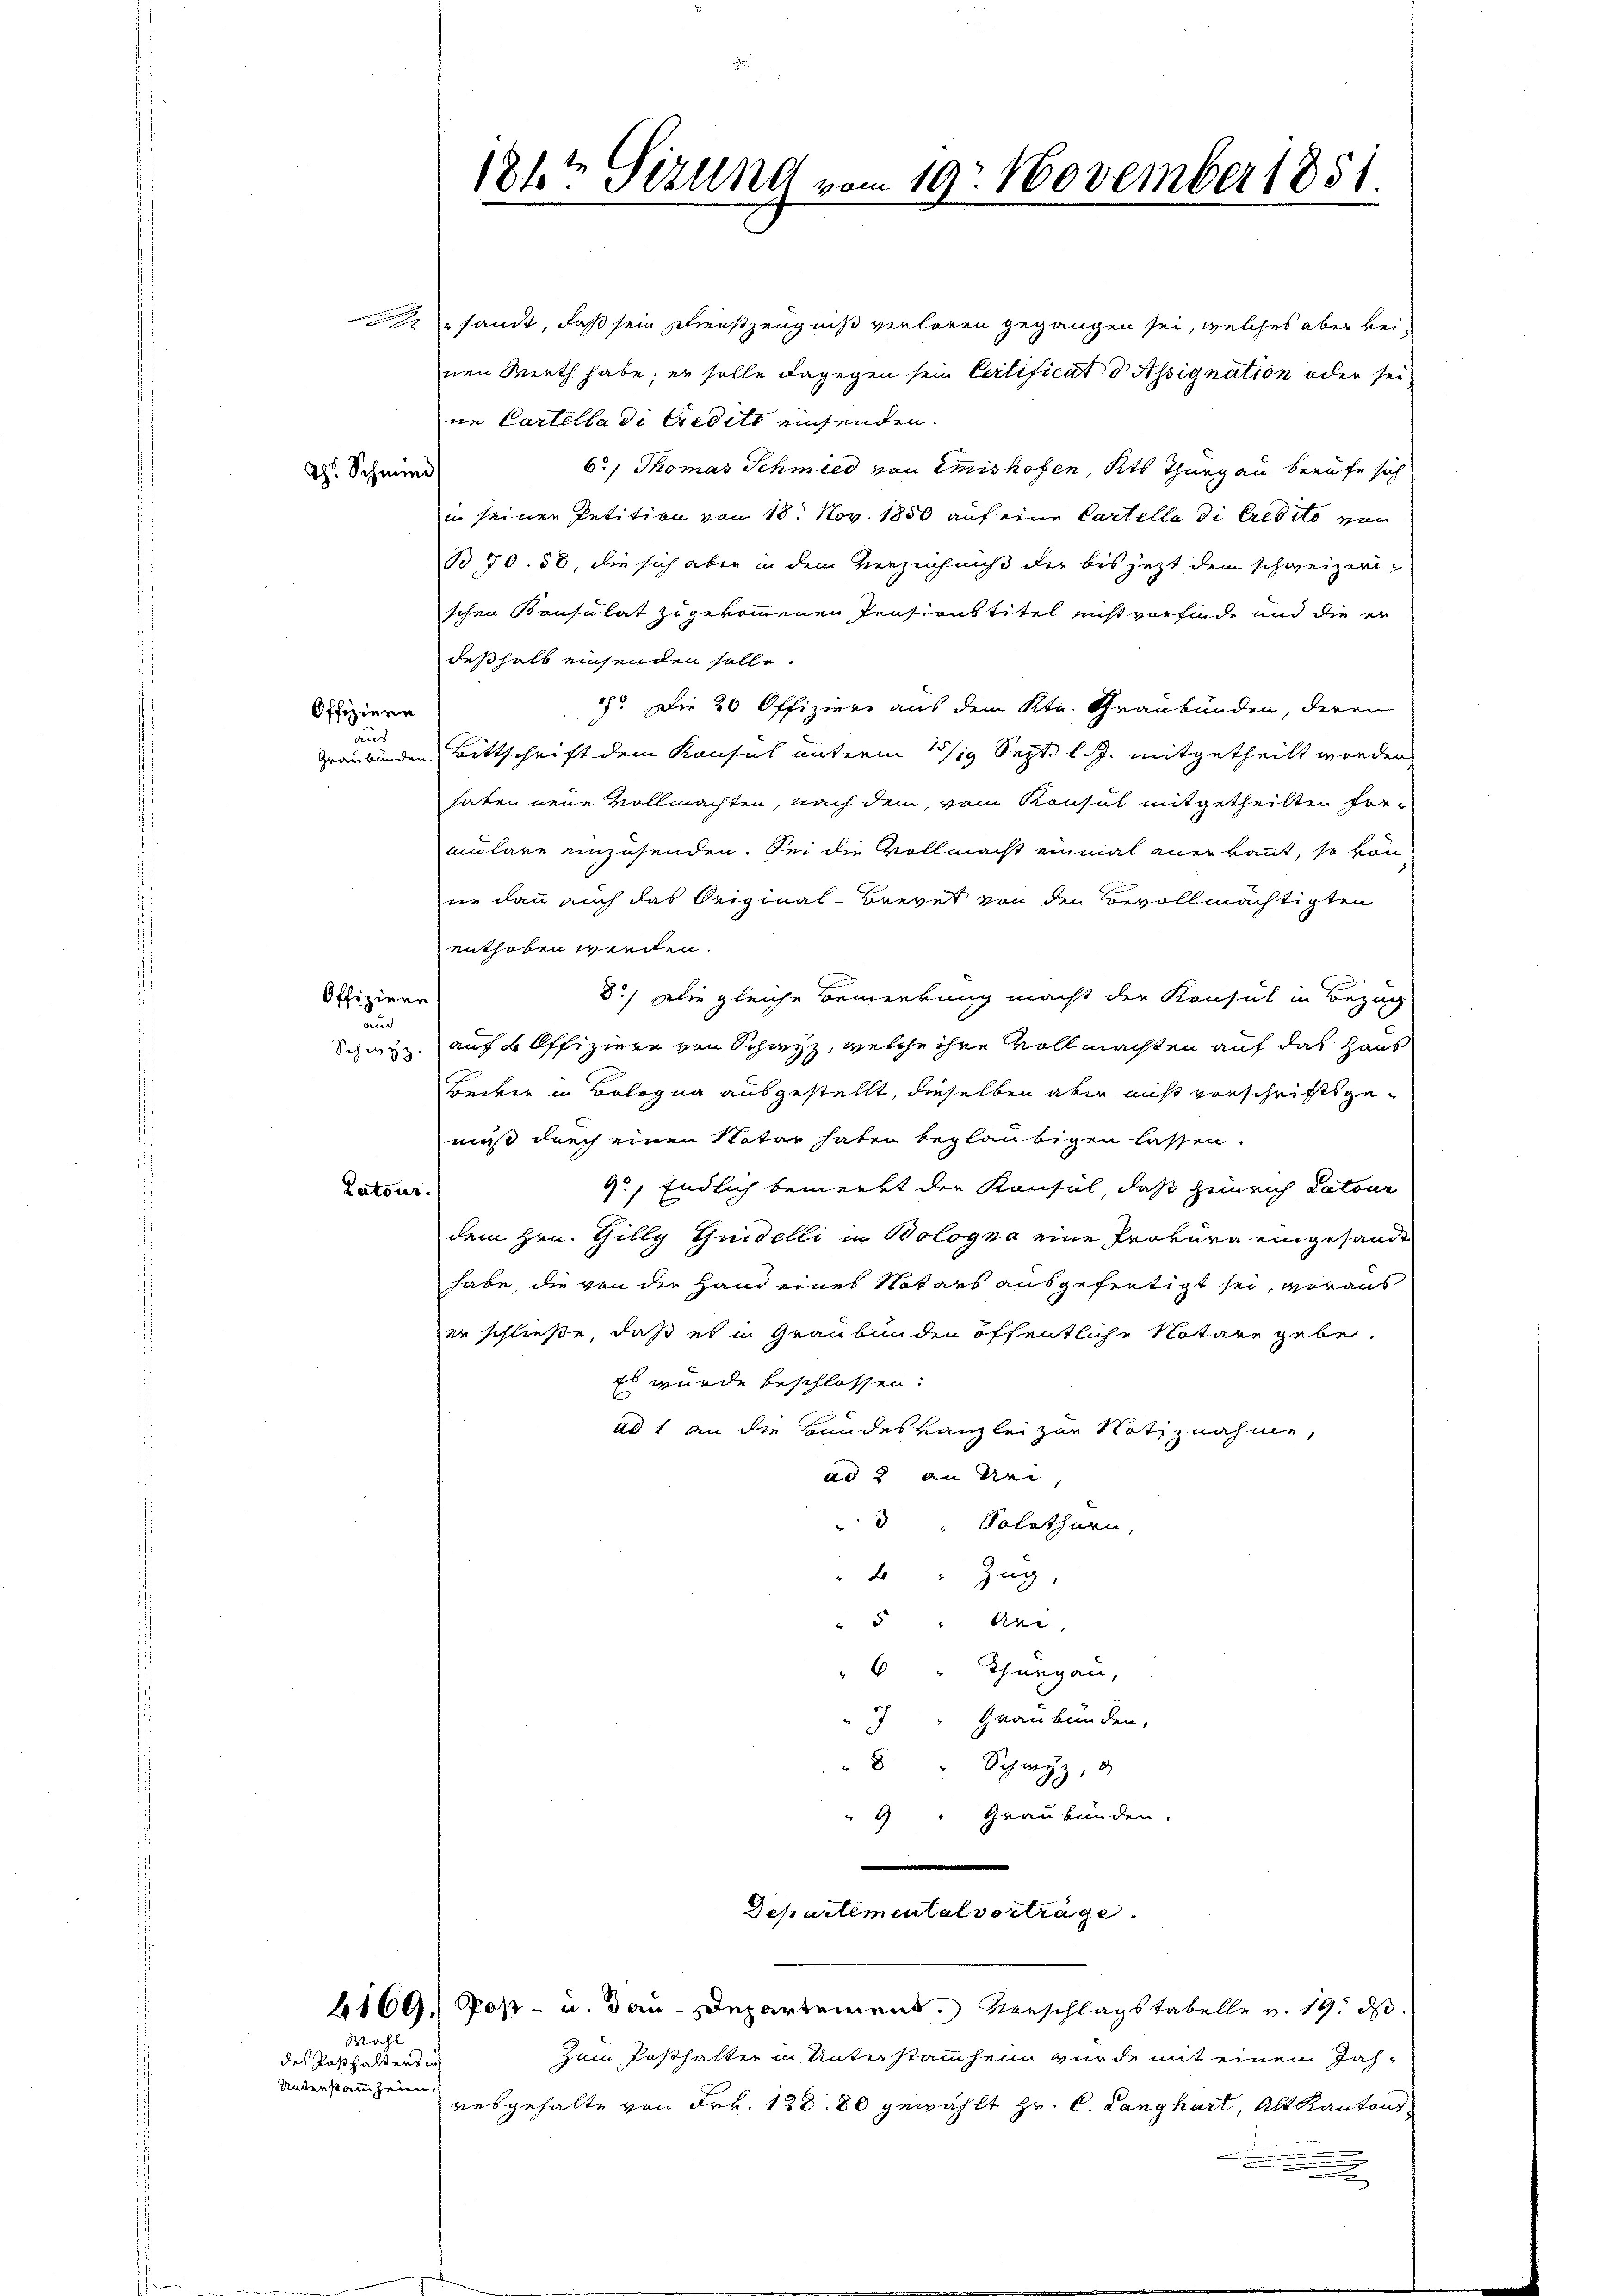
Th. Schmied

sandt, daß sein Dienstzeugniß verloren gegangen sei, welches aber beinen Werth habe; er solle dagegen sein Certificat d Assignation oder sei
ne Cartella di credito einsenden.
6., Thomas Schmied von Emishofen, Kts Thurgau berufe sich
in seinen Petition von 18. Nov. 1850 auf eine Cartella di Credito vor
B 70. 58, die sich aber in dem Verzeichniß der bis jezt dem schweizeri-
schen Konsulat zugekommenen Pensionstitel nicht vorfinde und die er
deßhalb einsenden solle.
57. Die 20 Offiziere aus dem Ktr. Graubünden, deren
Graubünden Bittschrift dem Konsul unterm 13/19 Sept. l. J. mitgetheilt worden
haten neue Vollmachten, nach dem vom Konsul mitgetheilten Formulare einzusenden. Sei die Vollmacht einmal anerkannt, so kön
ne dann auch das Original-Brevet von den Bevollmächtigten
enthoben werden.
8.) Die gleiche Bemerkung macht der Konsul in Bezug
auf 5 Offiziere von Schwyz, welche ihre Vollmachten auf das Haus
Hecker in Bologna ausgestellt, dieselben aber nicht vorschriftsgemuß durch einen Notar haben beglaubigen lassen.
9., Endlich bemerkt der Konsul, daß Heinrich datour
Latour.
dem Hrn. Tilly Guidelli in Bologna eine Prokura eingesandt
habe, die von der Hand eines Notars ausgefertigt sei, woraus
der schließe, daß es in Graubünden öffentliche Notare gebe.
Es wurde beschlossen:
ad 1 an die Bundeskanzlei zur Notiznahme,
ad 2 an sei,
3 Solothurn,
2 " Zug,
" " Sei
"6 " Thurgau,
" Graubünden,
" " Schwyz, d
6 " Graubünden.

Offiziere
aus

Offiziere
und
Schwyz.

Mahl

des Pasthalters in
Unterstammheim.

184t Sizung vom 19. November 1851.

Departementalverträge.
4169, Post- u. dau-Departement. Vorschlagstabelle v. 19. ds.

zum Posthalter in Unter stathend wurde mit einem Jahausgehalte von Frk. 120. 80 gewählt Hr. C. Langhart, Altkantons